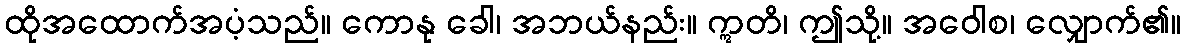
ထိုအထောက်အပံ့သည်။ ကောနု ခေါ၊ အဘယ်နည်း။ ဣတိ၊ ဤသို့။ အဝေါစ၊ လျှောက်၏။